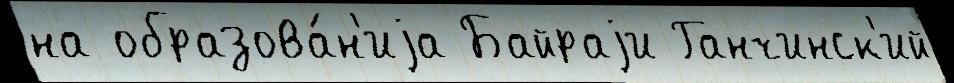
на образова́н'иjа Байраjи Ганчинск'ий